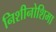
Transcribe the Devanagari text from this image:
निशीनोशिमा